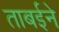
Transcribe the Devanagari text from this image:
ताबईने